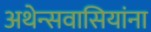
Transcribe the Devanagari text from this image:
अथेन्सवासियांना